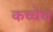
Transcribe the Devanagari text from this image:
कच्चेध